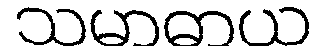
သမာဓာယ